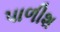
પાળીશ